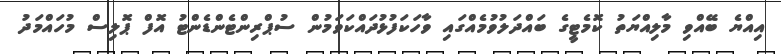
އިއްޔެ ބޭއްވި މާލިއްޔަތު ކޮމެޓީގެ ބައްދަލުވުމެއްގައި ވާހަކަފުޅުދައްކަވަމުން ސުޕްރިންޓެންޑެންޓު އޮފް ޕޮލިސް މުހައްމަދު